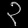
Digit: ၃